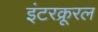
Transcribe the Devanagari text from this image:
इंटरक्रूरल